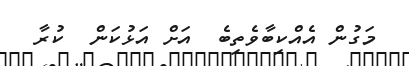
މަގުން އެއްކިބާވެތިބެ  އަށް އަޅުކަން  ކުރާ